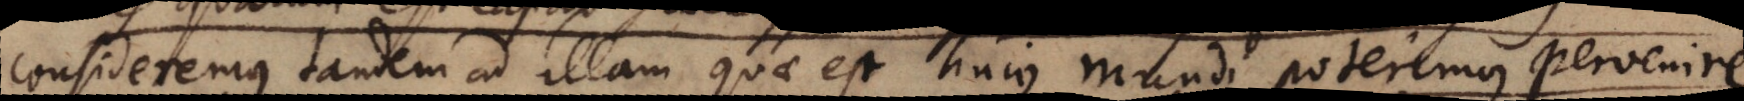
consideremus tandem ad illam quae est hujus mundi poterimus pervenire